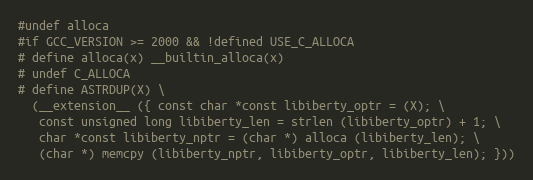
Language: C
#undef alloca
#if GCC_VERSION >= 2000 && !defined USE_C_ALLOCA
# define alloca(x) __builtin_alloca(x)
# undef C_ALLOCA
# define ASTRDUP(X) \
  (__extension__ ({ const char *const libiberty_optr = (X); \
   const unsigned long libiberty_len = strlen (libiberty_optr) + 1; \
   char *const libiberty_nptr = (char *) alloca (libiberty_len); \
   (char *) memcpy (libiberty_nptr, libiberty_optr, libiberty_len); }))